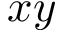
x y